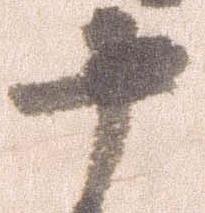
十